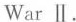
War Ⅱ.